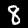
Label: 8